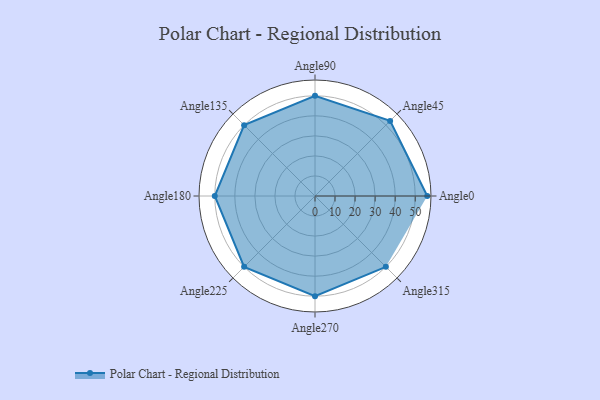
{"axis": {"x": "Angle", "y": "Radius"}, "legend": [""], "data": [{"x": "Angle0", "y": 56.0, "type": ""}, {"x": "Angle45", "y": 53.0, "type": ""}, {"x": "Angle90", "y": 50, "type": ""}, {"x": "Angle135", "y": 50, "type": ""}, {"x": "Angle180", "y": 50, "type": ""}, {"x": "Angle225", "y": 50, "type": ""}, {"x": "Angle270", "y": 50, "type": ""}, {"x": "Angle315", "y": 50, "type": ""}]}